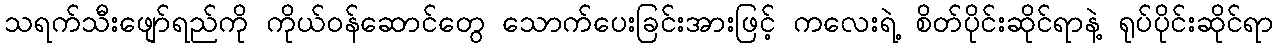
သရက်သီးဖျော်ရည်ကို ကိုယ်ဝန်ဆောင်တွေ သောက်ပေးခြင်းအားဖြင့် ကလေးရဲ့ စိတ်ပိုင်းဆိုင်ရာနဲ့ ရုပ်ပိုင်းဆိုင်ရာ